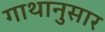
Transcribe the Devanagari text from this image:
गाथानुसार